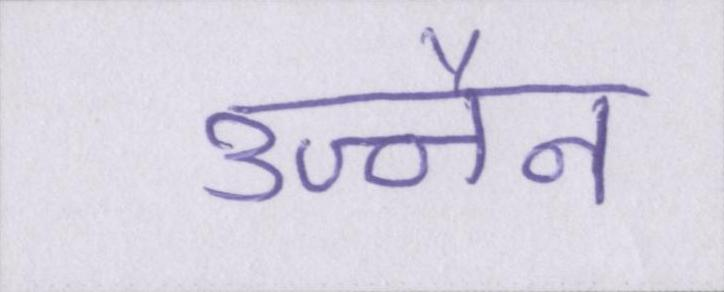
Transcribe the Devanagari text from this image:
उज्जैन